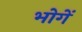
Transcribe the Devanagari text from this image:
भोगें